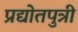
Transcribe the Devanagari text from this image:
प्रद्योतपुत्री